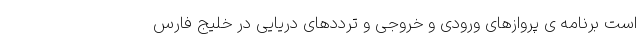
است برنامه ی پروازهای ورودی و خروجی و ترددهای دریایی در خلیج فارس